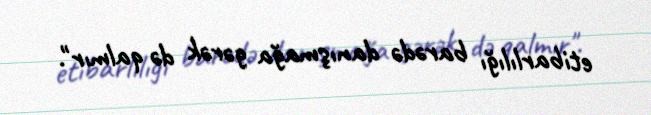
etibarlılığı barədə danışmağa gərək də qalmır".